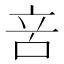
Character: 𠱫